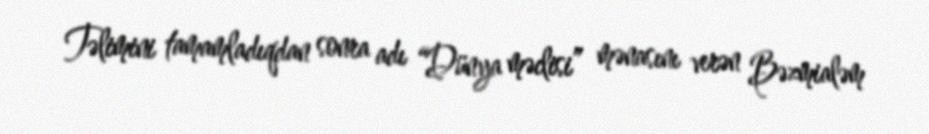
Təlimini tamamladıqdan sonra adı “Dünya məclisi” mənasını verən Bəzmialəm